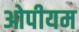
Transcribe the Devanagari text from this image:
ओपीयम